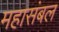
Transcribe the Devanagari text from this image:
महासंबल